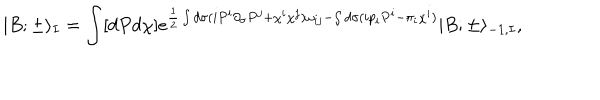
| B ; \pm \rangle _ { I } = \int [ d P d \chi ] e ^ { \frac { 1 } { 2 } \int d \sigma ( i P ^ { i } \partial _ { \sigma } P ^ { j } + \chi ^ { i } \chi ^ { j } ) \omega _ { i j } - \int d \sigma ( i p _ { i } P ^ { i } - \pi _ { i } \chi ^ { i } ) } | B ; \pm \rangle _ { - 1 , I } ,